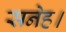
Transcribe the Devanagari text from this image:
सनेह।